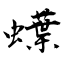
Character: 蠂